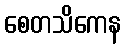
စေတသိကေန